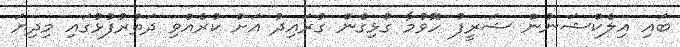
ބައި އިލެކްޝަނުން ޝަރީފު ހޮވުމާ ގުޅިގެން ގުރައިދު އަށް ކުރެއްވި ދަތުރުފުޅުގައި މިދިޔަ